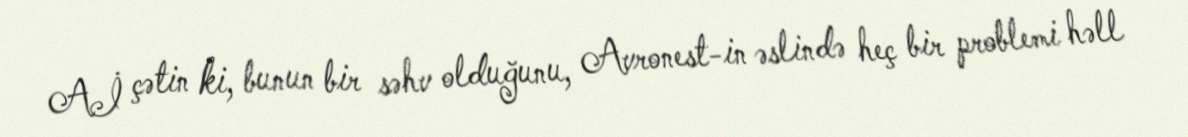
Aİ çətin ki, bunun bir səhv olduğunu, Avronest-in əslində heç bir problemi həll